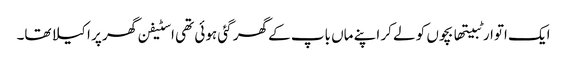
ایک اتوار ٹبیتھا بچوں کو لے کر اپنے ماں باپ کے گھر گئی ہوئی تھی اسٹیفن گھر پر اکیلا تھا۔